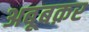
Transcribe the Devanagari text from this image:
अबूबक़र